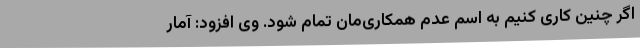
اگر چنین کاری کنیم به اسم عدم همکاری‌مان تمام شود. وی افزود: آمار